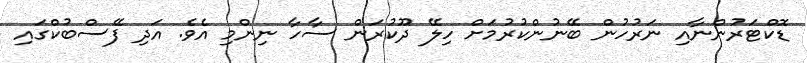
ޑޮކްޓަރުންނާއި ނަރުހުން ބޭނުންކުރުމަށް ހިލޭ ދޫކުރަން ސާހާ ނިންމި އެވެ. އަދި ފޭސްބުކްގައި